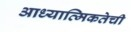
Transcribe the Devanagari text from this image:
आध्यात्मिकतेची